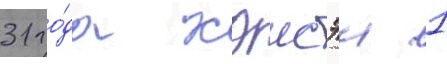
31 го́да хэисэи 1